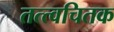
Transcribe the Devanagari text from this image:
तत्त्वचितक